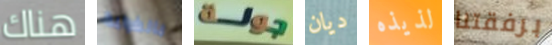
هناك بالغرابة جولة ديان لذيذه برفقتنا